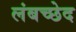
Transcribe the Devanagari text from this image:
लंबच्छेद